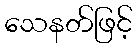
သေနတ်ဖြင့်